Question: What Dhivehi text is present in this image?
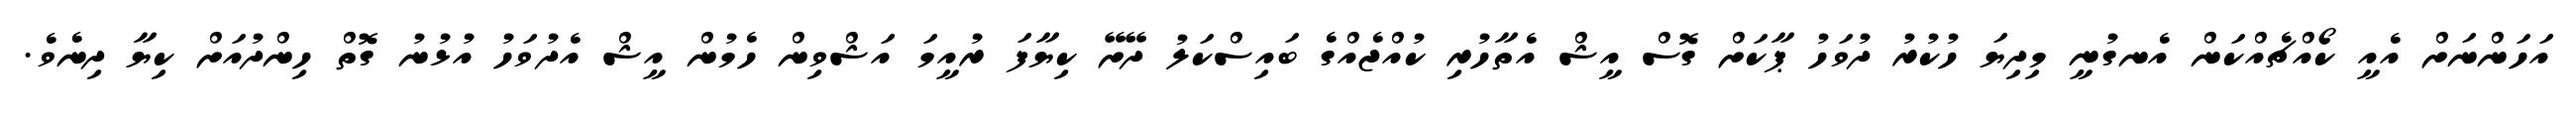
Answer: އަހަންނަށް އެއީ ކޯއްޗެއްކަން އެނގުނީ މިދިޔަ ހުކުރު ދުވަހު ޕާކަށް ގޮސް އީޝް އެތާހުރި ކުއްޖެއްގެ ބައިސްކަލު ދޭށޭ ކިޔާފަ ރުއީމަ އަޝްވިން ހެމުން އީޝް އެދުވަހު އުޅުނު ގޮތް ހިންދުއަށް ކިޔާ ދިނެވެ.